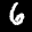
Label: 6